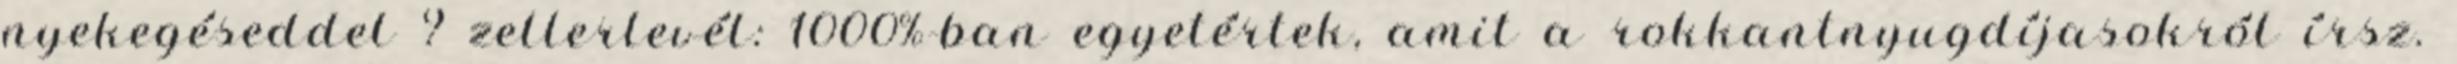
nyekegéseddel ? zellerlevél: 1000%-ban egyetértek, amit a rokkantnyugdíjasokról írsz.